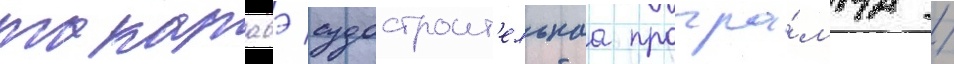
такарабэ судостроит'ельнаа програ́мма /